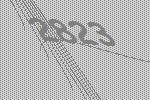
2823